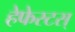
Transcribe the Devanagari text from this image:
हेफेस्टस्‌